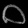
Digit: ၀